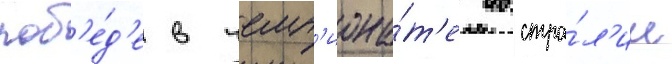
поб'е́д'е в чемп'иона́т'е австра́л'ии